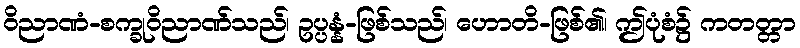
ဝိညာဏံ-စက္ခုဝိညာဏ်သည်၊ ဥပ္ပန္နံ-ဖြစ်သည်၊ ဟောတိ-ဖြစ်၏၊ ဤပုံစံ၌ ကတတ္တာ